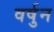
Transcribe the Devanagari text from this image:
वर्षुन